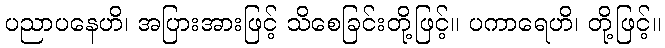
ပညာပနေဟိ၊ အပြားအားဖြင့် သိစေခြင်းတို့ဖြင့်။ ပကာရေဟိ၊ တို့ဖြင့်။